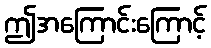
ဤအကြောင်းကြောင့်